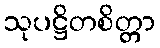
သုပဋ္ဌိတစိတ္တာ